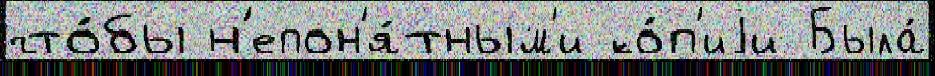
что́бы н'епон'я́тным'и ко́п'иjи Была́